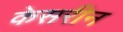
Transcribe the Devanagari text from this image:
केसरीन